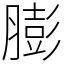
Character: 膨